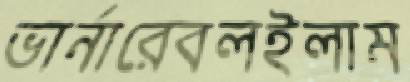
ভার্নারেবলইলাম